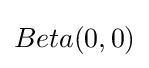
Beta(0,0)